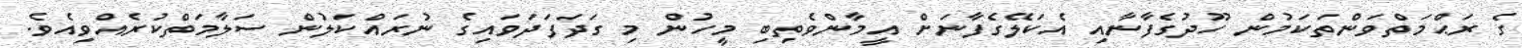
ގެ ރަޙްމަތްވަންތަކަމުން ހޫދުގެފާނާއި އެކަލޭގެފާނަށް އީމާންވެތިބި މީހުން މި ގަދަފަދަވައިގެ ނުރައްކަލުން ސަލާމަތްކުރެއްވިއެވެ.